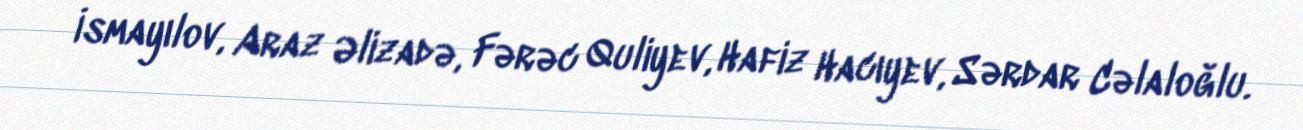
İsmayılov, Araz Əlizadə, Fərəc Quliyev, Hafiz Hacıyev, Sərdar Cəlaloğlu.